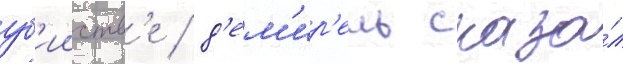
уб'ииств'е / д'ем'ир'ель сказа́л